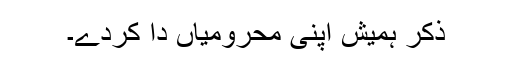
ذکر ہمیش اپنی محرومیاں دا کردے۔